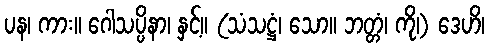
ပန၊ ကား။ ဂေါသပ္ပိနာ၊ နှင့်။ (သံသဋ္ဌံ၊ သော။ ဘတ္တံ၊ ကို၊) ဒေဟိ၊